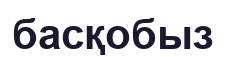
басқобыз